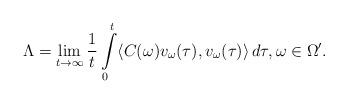
LaTeX: \begin{align*}\Lambda = \lim\limits_{t \to \infty }\frac{1}{t} \int\limits_{0}^{t}\langle C(\omega) v_{\omega}(\tau), v_{\omega}(\tau) \rangle \, d\tau, \omega \in \Omega'.\end{align*}